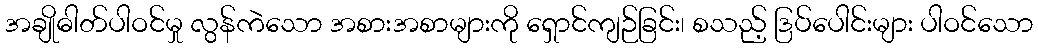
အချိုဓါတ်ပါဝင်မှု လွန်ကဲသော အစားအစာများကို ရှောင်ကျဉ်ခြင်း၊ စသည့် ဒြပ်ပေါင်းများ ပါဝင်သော